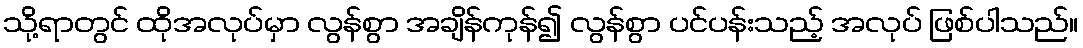
သို့ရာတွင် ထိုအလုပ်မှာ လွန်စွာ အချိန်ကုန်၍ လွန်စွာ ပင်ပန်းသည့် အလုပ် ဖြစ်ပါသည်။